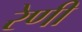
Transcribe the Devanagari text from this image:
रेणी